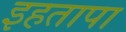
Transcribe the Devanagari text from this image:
इहतापा